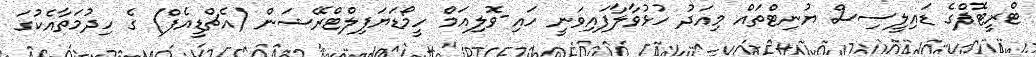
ޓްރީޓޮޕްގެ ޑައިލީސިސް ޔުނިޓްތައް މިއަދު ހުޅުވާލާފައިވަނީ ހައި-ވޮލިއަމް ހީމޯޑަޔަފިލްޓްރޭޝަން (އެޗްޑީއެފް) ގެ ހިދުމަތާއެކުގަ